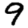
Digit: 9